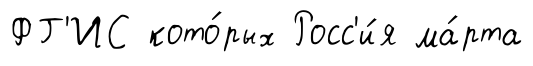
ФГ'ИС кото́рых Росс'и́я ма́рта